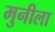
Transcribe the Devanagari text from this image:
मुनीला